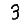
Digit: 3